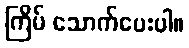
ကြိမ် သောက်ပေးပါ။